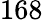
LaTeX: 168